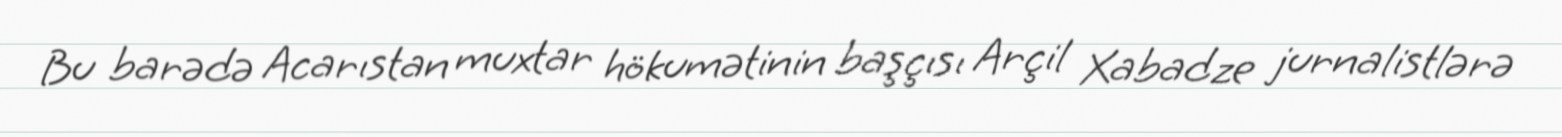
Bu barədə Acarıstan muxtar hökumətinin başçısı Arçil Xabadze jurnalistlərə